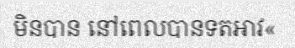
មិនបាន នៅពេលបានទតអាវ«